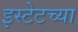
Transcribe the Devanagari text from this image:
इस्टेटच्या